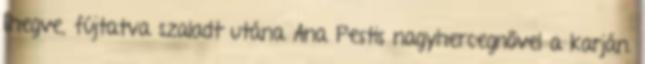
lihegve, fújtatva szaladt utána Ana Pestis nagyhercegnővel a karján.